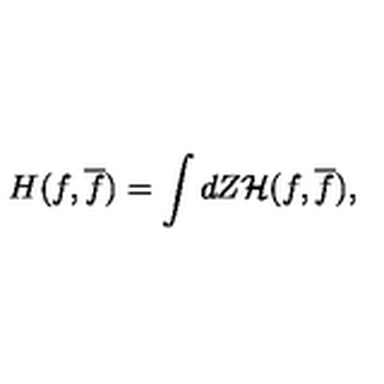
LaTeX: H ( f , \overline { f } ) = \int d Z { \cal H } ( f , \overline { f } ) ,